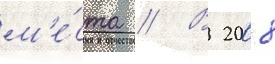
м'е́ста // В 2008